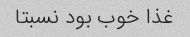
غذا خوب بود نسبتا